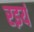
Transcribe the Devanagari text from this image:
रइयं